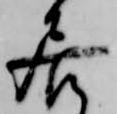
居